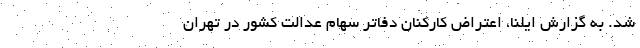
شد. به گزارش ایلنا، اعتراض کارکنان دفاتر سهام عدالت کشور در تهران